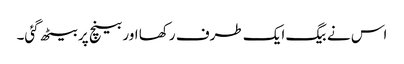
اس نے بیگ ایک طرف رکھا اور بینچ پر بیٹھ گئی۔